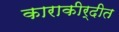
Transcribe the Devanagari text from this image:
काराकीर्दीत